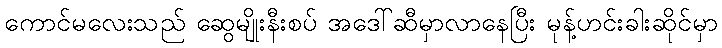
ကောင်မလေးသည် ဆွေမျိုးနီးစပ် အဒေါ်ဆီမှာလာနေပြီး မုန့်ဟင်းခါးဆိုင်မှာ